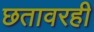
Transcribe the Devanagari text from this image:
छतावरही